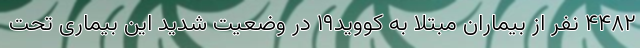
۴۴۸۲ نفر از بیماران مبتلا به کووید۱۹ در وضعیت شدید این بیماری تحت